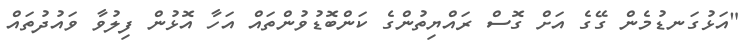
"އަޅުގަނޑުމެން ގޭގެ އަށް ގޮސް ރައްޔިތުންގެ ކަންބޮޑުވުންތައް އަހާ އޮޅުން ފިލުވާ ވައުދުތައް